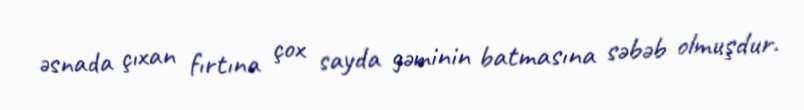
əsnada çıxan fırtına çox sayda gəminin batmasına səbəb olmuşdur.